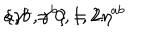
\{ \gamma ^ { a } , \gamma ^ { b } \} = 2 \eta ^ { a b } \hspace { 3 c m } a , b = 0 , 1 , 2 .